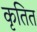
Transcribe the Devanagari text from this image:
कृतित